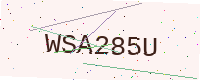
Text: WSA285U